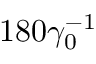
1 8 0 \gamma _ { 0 } ^ { - 1 }